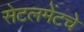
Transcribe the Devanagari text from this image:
सेटलमेंटचे